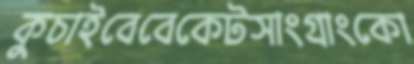
কুচাইবেবেকেটসাংগ্রাংকো